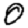
Digit: 0